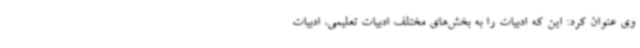
وی عنوان کرد: این که ادبیات را به بخش‌های مختلف ادبیات تعلیمی، ادبیات